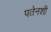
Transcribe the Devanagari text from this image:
पतेनशी